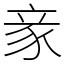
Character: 豙